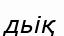
дьіқ